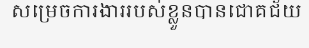
សម្រេចការងាររបស់ខ្លួនបានជោគជ័យ